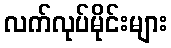
လက်လုပ်မိုင်းများ